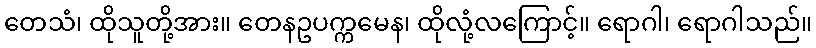
တေသံ၊ ထိုသူတို့အား။ တေနဥပက္ကမေန၊ ထိုလုံ့လကြောင့်။ ရောဂါ၊ ရောဂါသည်။